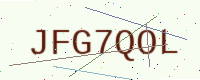
Text: JFG7QOL